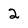
Character: 2